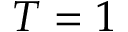
T = 1